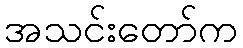
အသင်းတော်က